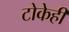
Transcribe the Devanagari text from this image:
टोकेही